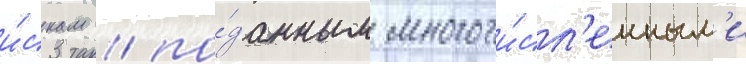
и́скам / по́данным многочи́сл'енным'и